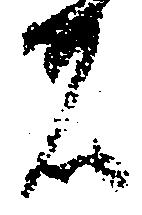
者